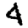
Digit: 4